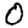
Digit: 0